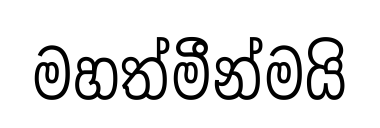
මහත්මීන්මයි